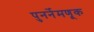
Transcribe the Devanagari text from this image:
पुनर्नेमणूक